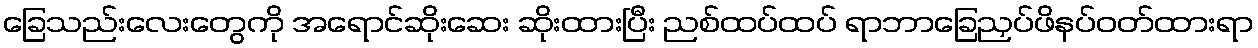
ခြေသည်းလေးတွေကို အရောင်ဆိုးဆေး ဆိုးထားပြီး ညစ်ထပ်ထပ် ရာဘာခြေညှပ်ဖိနပ်ဝတ်ထားရာ